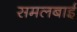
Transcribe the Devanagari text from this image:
समलबाई